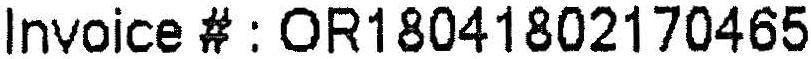
INVOICE # : OR18041802170465